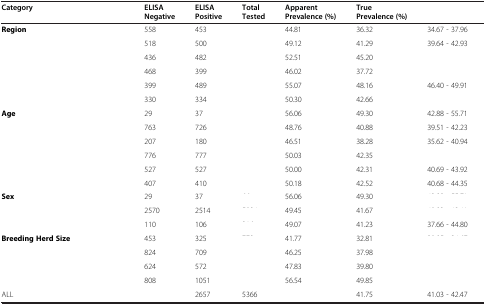
<table><thead><tr><td colspan="2"><b>Category</b></td><td><b>ELISA Negative</b></td><td><b>ELISA Positive</b></td><td><b>Total Tested</b></td><td><b>Apparent Prevalence (%)</b></td><td><b>True Prevalence (%)</b></td><td>[EMPTY_CELL]</td></tr></thead><tbody><tr><td><b>Region</b></td><td>[EMPTY_CELL]</td><td>558</td><td>453</td><td>[EMPTY_CELL]</td><td>44.81</td><td>36.32</td><td>34.67 - 37.96</td></tr><tr><td>[EMPTY_CELL]</td><td>[EMPTY_CELL]</td><td>518</td><td>500</td><td>[EMPTY_CELL]</td><td>49.12</td><td>41.29</td><td>39.64 - 42.93</td></tr><tr><td>[EMPTY_CELL]</td><td>[EMPTY_CELL]</td><td>436</td><td>482</td><td>[EMPTY_CELL]</td><td>52.51</td><td>45.20</td><td>[EMPTY_CELL]</td></tr><tr><td>[EMPTY_CELL]</td><td>[EMPTY_CELL]</td><td>468</td><td>399</td><td>[EMPTY_CELL]</td><td>46.02</td><td>37.72</td><td>[EMPTY_CELL]</td></tr><tr><td>[EMPTY_CELL]</td><td>[EMPTY_CELL]</td><td>399</td><td>489</td><td>[EMPTY_CELL]</td><td>55.07</td><td>48.16</td><td>46.40 - 49.91</td></tr><tr><td>[EMPTY_CELL]</td><td>[EMPTY_CELL]</td><td>330</td><td>334</td><td>[EMPTY_CELL]</td><td>50.30</td><td>42.66</td><td>[EMPTY_CELL]</td></tr><tr><td><b>Age</b></td><td>[EMPTY_CELL]</td><td>29</td><td>37</td><td>[EMPTY_CELL]</td><td>56.06</td><td>49.30</td><td>42.88 - 55.71</td></tr><tr><td>[EMPTY_CELL]</td><td>[EMPTY_CELL]</td><td>763</td><td>726</td><td>[EMPTY_CELL]</td><td>48.76</td><td>40.88</td><td>39.51 - 42.23</td></tr><tr><td>[EMPTY_CELL]</td><td>[EMPTY_CELL]</td><td>207</td><td>180</td><td>[EMPTY_CELL]</td><td>46.51</td><td>38.28</td><td>35.62 - 40.94</td></tr><tr><td>[EMPTY_CELL]</td><td>[EMPTY_CELL]</td><td>776</td><td>777</td><td>[EMPTY_CELL]</td><td>50.03</td><td>42.35</td><td>[EMPTY_CELL]</td></tr><tr><td>[EMPTY_CELL]</td><td>[EMPTY_CELL]</td><td>527</td><td>527</td><td>[EMPTY_CELL]</td><td>50.00</td><td>42.31</td><td>40.69 - 43.92</td></tr><tr><td>[EMPTY_CELL]</td><td>[EMPTY_CELL]</td><td>407</td><td>410</td><td>[EMPTY_CELL]</td><td>50.18</td><td>42.52</td><td>40.68 - 44.35</td></tr><tr><td><b>Sex</b></td><td>[EMPTY_CELL]</td><td>29</td><td>37</td><td>[EMPTY_CELL]</td><td>56.06</td><td>49.30</td><td>[EMPTY_CELL]</td></tr><tr><td>[EMPTY_CELL]</td><td>[EMPTY_CELL]</td><td>2570</td><td>2514</td><td>[EMPTY_CELL]</td><td>49.45</td><td>41.67</td><td>[EMPTY_CELL]</td></tr><tr><td>[EMPTY_CELL]</td><td>[EMPTY_CELL]</td><td>110</td><td>106</td><td>[EMPTY_CELL]</td><td>49.07</td><td>41.23</td><td>37.66 - 44.80</td></tr><tr><td><b>Breeding Herd Size</b></td><td>[EMPTY_CELL]</td><td>453</td><td>325</td><td>[EMPTY_CELL]</td><td>41.77</td><td>32.81</td><td>[EMPTY_CELL]</td></tr><tr><td>[EMPTY_CELL]</td><td>[EMPTY_CELL]</td><td>824</td><td>709</td><td>[EMPTY_CELL]</td><td>46.25</td><td>37.98</td><td>[EMPTY_CELL]</td></tr><tr><td>[EMPTY_CELL]</td><td>[EMPTY_CELL]</td><td>624</td><td>572</td><td>[EMPTY_CELL]</td><td>47.83</td><td>39.80</td><td>[EMPTY_CELL]</td></tr><tr><td>[EMPTY_CELL]</td><td>[EMPTY_CELL]</td><td>808</td><td>1051</td><td>[EMPTY_CELL]</td><td>56.54</td><td>49.85</td><td>[EMPTY_CELL]</td></tr><tr><td colspan="2">ALL</td><td>[EMPTY_CELL]</td><td>2657</td><td>5366</td><td>[EMPTY_CELL]</td><td>41.75</td><td>41.03 - 42.47</td></tr></tbody></table>